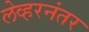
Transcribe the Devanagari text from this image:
लेव्हरनंतर